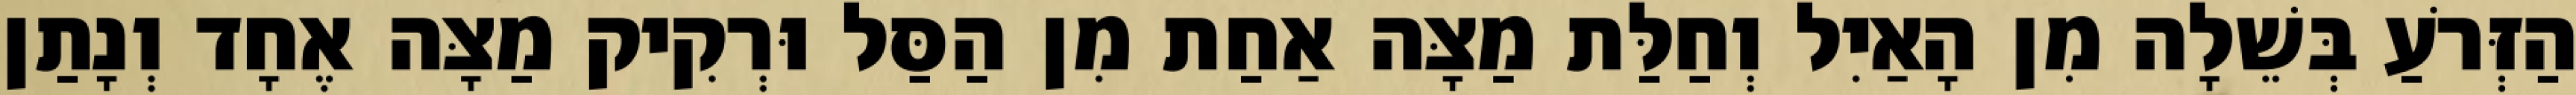
הַזְּרֹעַ בְּשֵׁלָה מִן הָאַיִל וְחַלַּת מַצָּה אַחַת מִן הַסַּל וּרְקִיק מַצָּה אֶחָד וְנָתַן